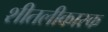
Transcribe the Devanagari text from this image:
शीतलीकारक